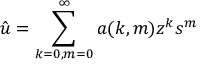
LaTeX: { \hat { u } } = \sum _ { k = 0 , m = 0 } ^ { \infty } a ( k , m ) z ^ { k } s ^ { m }